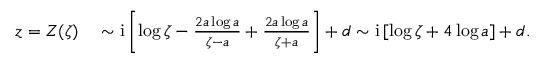
\begin{array} { r l } { z = Z ( \zeta ) } & { { } \sim \mathrm { i } \left[ \log \zeta - { \frac { 2 a \log a } { \zeta - a } } + { \frac { 2 a \log a } { \zeta + a } } \right] + d \sim \mathrm { i } \left[ \log \zeta + { 4 \log a } \right] + d . } \end{array}